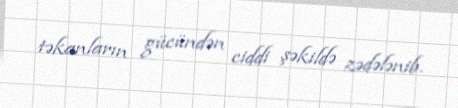
təkanların gücündən ciddi şəkildə zədələnib.